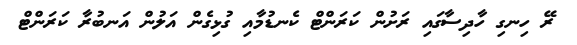
ރޭ ހިނގި ހާދިސާގައި ރަށުން ކަރަންޓް ކެނޑުމާއި ގުޅިގެން އަލުން އަނބުރާ ކަރަންޓް